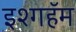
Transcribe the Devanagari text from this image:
इश्गहॅम